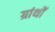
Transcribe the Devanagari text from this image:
ग्रांथों